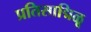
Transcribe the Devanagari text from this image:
प्रतिसाद्मिळू